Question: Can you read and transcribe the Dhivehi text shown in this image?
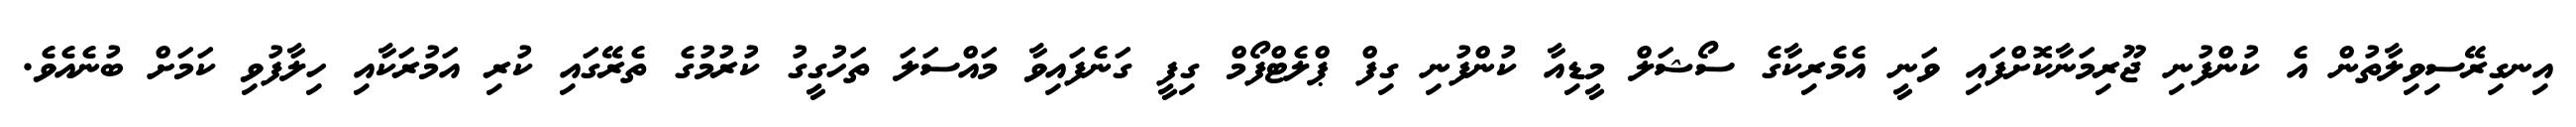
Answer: އިނގިރޭސިވިލާތުން އެ ކުންފުނި ޖޫރިމަނާކޮށްފައި ވަނީ އެމެރިކާގެ ސޯޝަލް މީޑިއާ ކުންފުނި ގިފް ޕްލެޓްފޯމް ގިފީ ގަނެފައިވާ މައްސަލަ ތަހުގީގު ކުރުމުގެ ތެރޭގައި ކުރި އަމުރަކާއި ހިލާފުވި ކަމަށް ބުނެއެވެ.